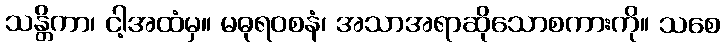
သန္တိကာ၊ ငါ့အထံမှ။ မဓုရဝစနံ၊ အသာအရာဆိုသောစကားကို။ သစေ